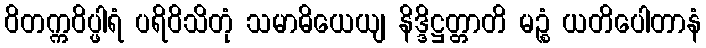
ဝိတက္ကဝိပ္ဖါရံ ပရိဝိသိတုံ သမာဓိယေယျ နိဒ္ဒိဋ္ဌတ္တာတိ မဉ္စံ ယတိပေါတာနံ